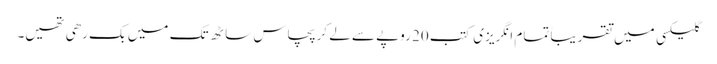
گلیکسی میں تقریباً تمام انگریزی کتب 20 روپے سے لے کر پچاس ساٹھ تک میں بک رھی تھیں۔